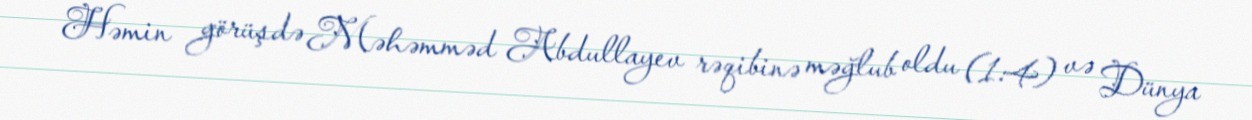
Həmin görüşdə Məhəmməd Abdullayev rəqibinə məğlub oldu (1:4) və Dünya